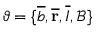
\vartheta = \{ \overline { { b } } , \mathbf { \overline { { r } } } , \overline { { I } } , \mathcal { B } \}